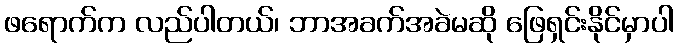
ဖရောက်က လည်ပါတယ်၊ ဘာအခက်အခဲမဆို ဖြေရှင်းနိုင်မှာပါ